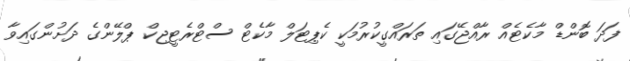
ފަދަ ބޮންޑް މާކެޓެއް ރާއްޖޭގައި ތަރައްގީކުރުމަކީ ކެޕިޓަލް މާކެޓް ސްޓްރެޓީޖިކް ޕްލޭންގެ ދަށުންގައިވާ